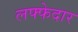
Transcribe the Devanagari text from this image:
लफ्फेदार